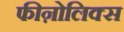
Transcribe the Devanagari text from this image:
फीऩोलिक्स